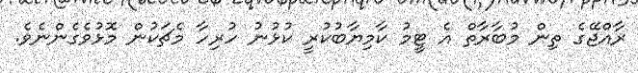
ރާއްޖޭގެ ތިން މުބާރާތް އެ ޓީމު ކާމިޔާބުކުރީ ކުޅުނު ހުރިހާ މެޗަކުން މޮޅުވެގެންނެވެ.